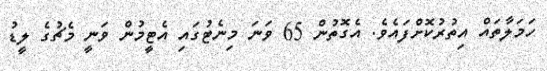
ހަމަލާތައް އިތުރުކޮށްފައެވެ. އެގޮތުން 65 ވަނަ މިނެޓުގައި އެޓީމުން ވަނީ މެޗުގެ ލީޑު